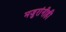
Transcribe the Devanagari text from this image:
मजुरांनीही